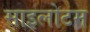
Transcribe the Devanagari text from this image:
साइलोटम